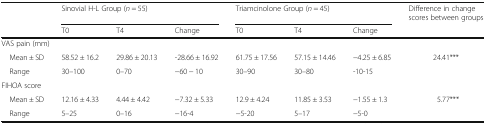
| <ROWSPAN=2>  | <COLSPAN=3> Sinovial H-L Group (n = 55) | <COLSPAN=3> Triamcinolone Group (n = 45) | Difference in change scores between groups |
 | T0 | T4 | Change | T0 | T4 | Change |  |
 | --- | --- | --- | --- | --- | --- | --- | --- |
 | <COLSPAN=8> VAS pain (mm) |
 | Mean ± SD | 58.52 ± 16.2 | 29.86 ± 20.13 | -28.66 ± 16.92 | 61.75 ± 17.56 | 57.15 ± 14.46 | −4.25 ± 6.85 | 24.41*** |
 | Range | 30–100 | 0–70 | −60 − 10 | 30–90 | 30–80 | -10-15 |  |
 | <COLSPAN=8> FIHOA score |
 | Mean ± SD | 12.16 ± 4.33 | 4.44 ± 4.42 | −7.32 ± 5.33 | 12.9 ± 4.24 | 11.85 ± 3.53 | −1.55 ± 1.3 | 5.77*** |
 | Range | 5–25 | 0–16 | −16-4 | −5-20 | 5–17 | −5-0 |  |